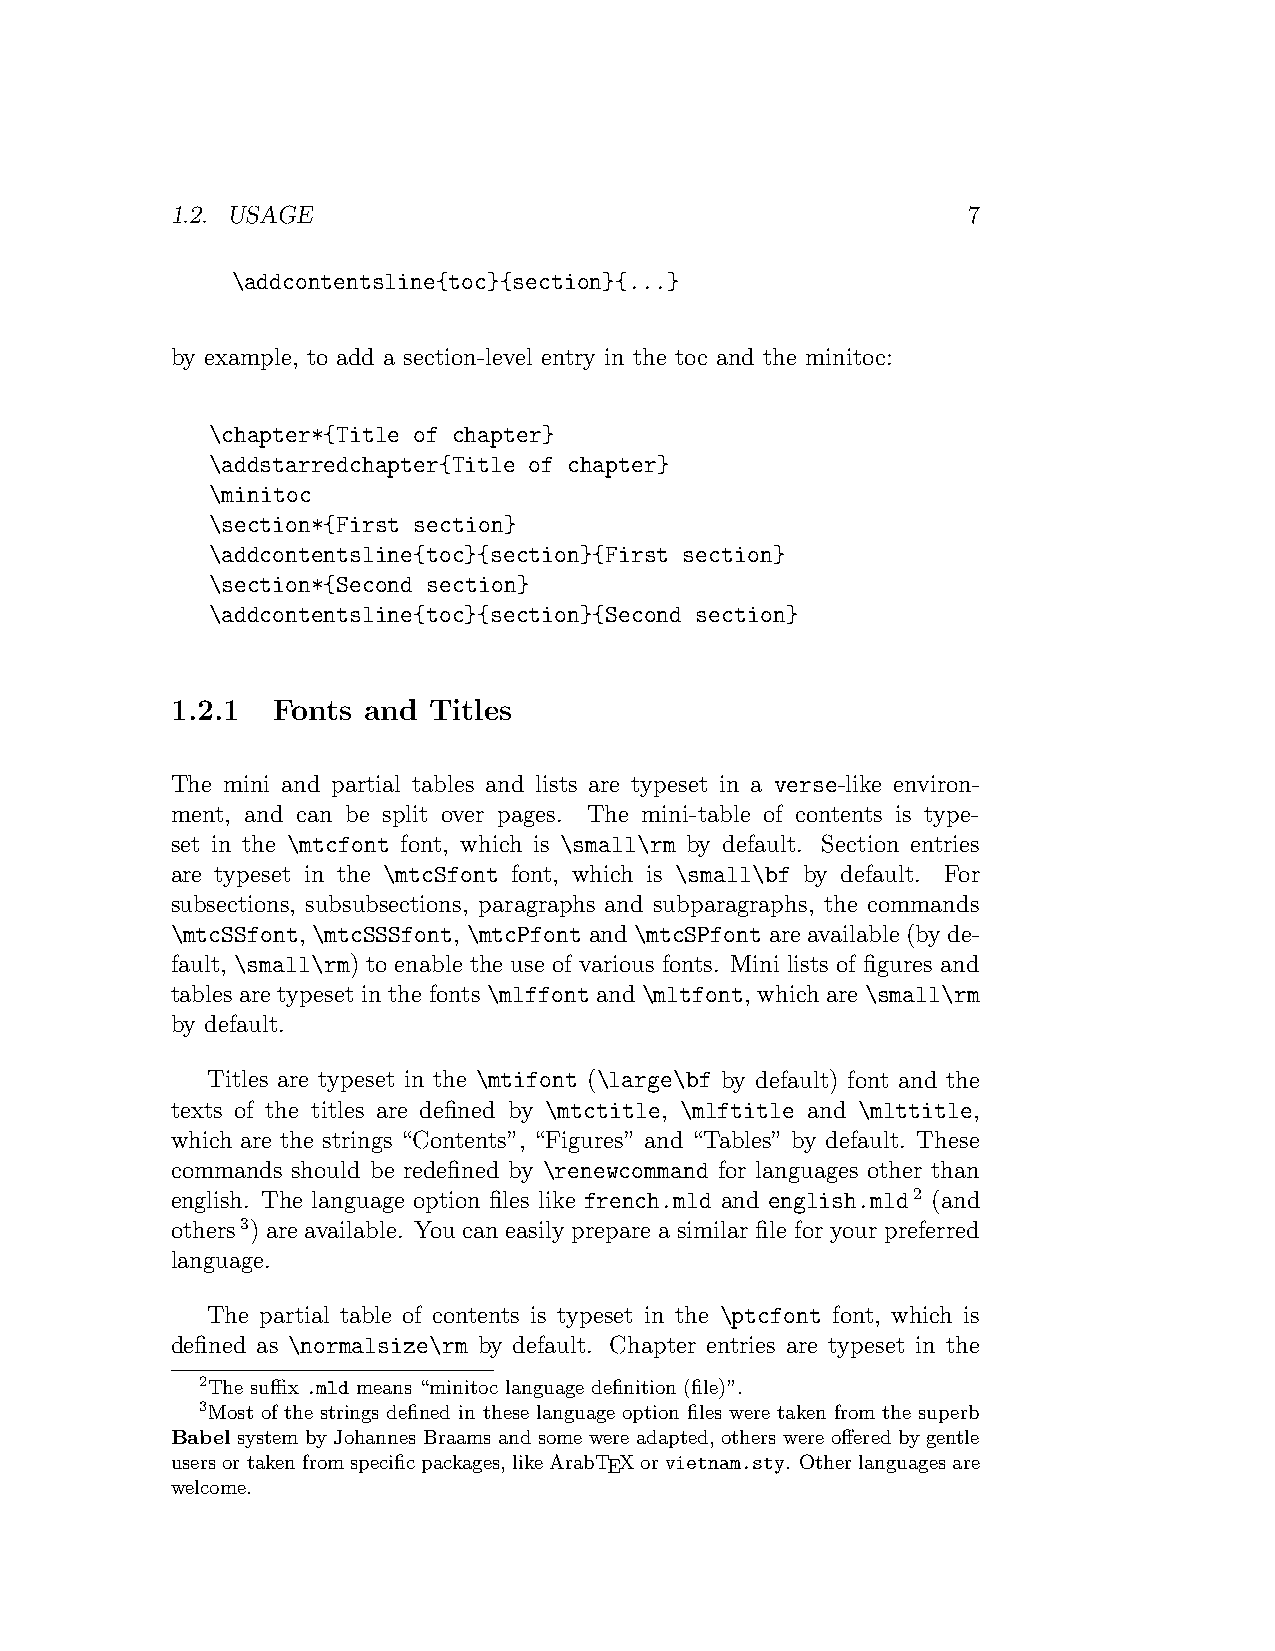
1.2. USAGE                                           7
 \addcontentsline{toc}{section}{...}
 by example, to add a section-level entry in the toc and the minitoc:
 \chapter*{Title of chapter}
 \addstarredchapter{Title of chapter}
 \minitoc
 \section*{First section}
 \addcontentsline{toc}{section}{First section}
 \section*{Second section}
 \addcontentsline{toc}{section}{Second section}
 1.2.1  Fonts and Titles
 The mini and partial tables and lists are typeset in a verse-like environ-
 ment, and can be split over pages. The mini-table of contents is type-
 set in the \mtcfont font, which is \small\rm by default. Section entries
 are typeset in the \mtcSfont font, which is \small\bf by default. For
 subsections, subsubsections, paragraphs and subparagraphs, the commands
 \mtcSSfont, \mtcSSSfont, \mtcPfont and \mtcSPfont are available (by de-
 fault, \small\rm) to enable the use of various fonts. Mini lists of figures and
 tables are typeset in the fonts \mlffont and \mltfont, which are \small\rm
 by default.
 Titles are typeset in the \mtifont (\large\bf by default) font and the
 texts of the titles are defined by \mtctitle, \mlftitle and \mlttitle,
 which are the strings “Contents”, “Figures” and “Tables” by default. These
 commands should be redefined by \renewcommand for languages other than
 english. The language option files like french.mld and english.mld2 (and
 others3) are available. You can easily prepare a similar file for your preferred
 language.
 The partial table of contents is typeset in the \ptcfont font, which is
 defined as \normalsize\rm by default. Chapter entries are typeset in the
 2The suffix .mld means “minitoc language definition (file)”.
 3Most of the strings defined in these language option files were taken from the superb
 Babel system by Johannes Braams and some were adapted, others were offered by gentle
 usersortakenfromspecificpackages,likeArabTEXorvietnam.sty. Otherlanguagesare
 welcome.